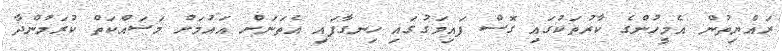
ރައްޔިތުން އެމީހުންގެ ކާރުތަކުގައި ގޮސް ފައިމަގުގައި ހިނގާފައި އެތަނަށް އައުމަށް މަސައްކަތް ކުރަމުންދާ